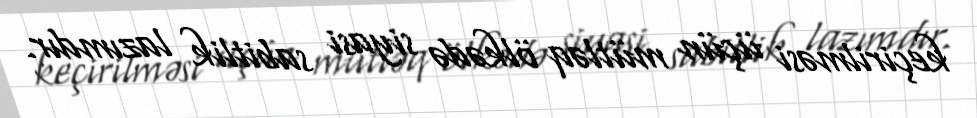
keçirilməsi üçün mütləq ölkədə siyasi sabitlik lazımdır.